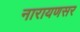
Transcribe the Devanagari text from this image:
नारायणसर